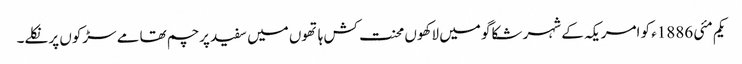
یکم مئی 1886ء کو امریکہ کے شہر شکاگو میں لاکھوں محنت کش ہاتھوں میں سفید پرچم تھامے سڑکوں پر نکلے۔